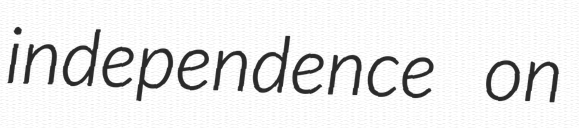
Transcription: independence on